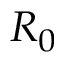
R _ { 0 }